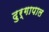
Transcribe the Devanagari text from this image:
दुर्गापाल